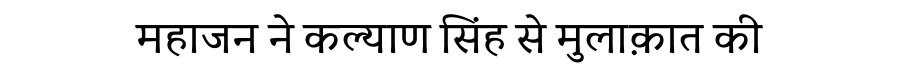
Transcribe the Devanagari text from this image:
महाजन ने कल्याण सिंह से मुलाक़ात की